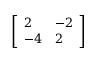
\left[ { \begin{array} { l l } { 2 } & { - 2 } \\ { - 4 } & { 2 } \end{array} } \right]